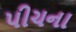
પીચના